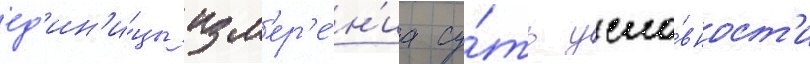
ед'ин'и́цы изм'ер'е́н'иа су́ть усло́вност'и